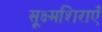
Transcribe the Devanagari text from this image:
सूक्ष्मशिराएँ